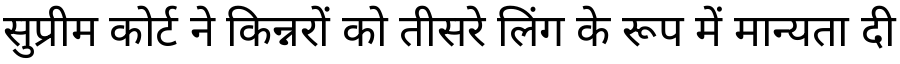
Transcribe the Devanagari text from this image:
सुप्रीम कोर्ट ने किन्नरों को तीसरे लिंग के रूप में मान्यता दी